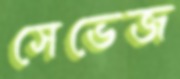
সেভেজ